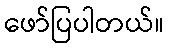
ဖော်ပြပါတယ်။